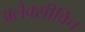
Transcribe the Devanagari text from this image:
अलेक्सीविच